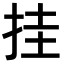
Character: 挂